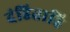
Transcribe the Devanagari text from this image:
दंडिताहि